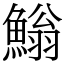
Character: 䱵